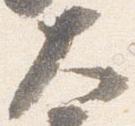
大